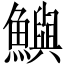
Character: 鱮